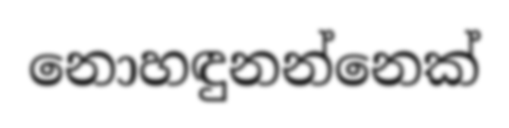
නොහඳුනන්නෙක්